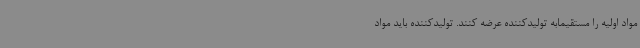
مواد اولیه را مستقیمابه تولیدکننده عرضه کنند. تولیدکننده باید مواد